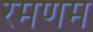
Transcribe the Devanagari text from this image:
रमणम